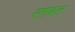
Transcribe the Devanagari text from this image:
रग़बत